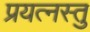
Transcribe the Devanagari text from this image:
प्रयत्नस्तु